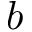
b